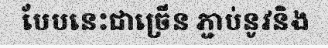
បែបនេះជាច្រើន ភ្ជាប់នូវនិង